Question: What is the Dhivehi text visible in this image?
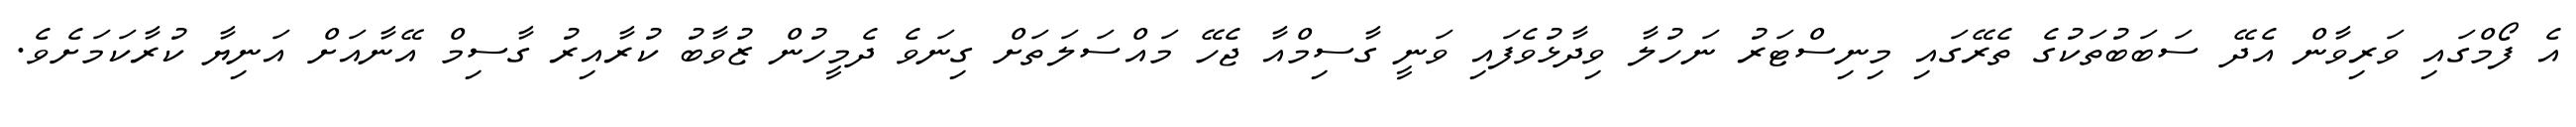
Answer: އެ ފޯމްގައި ވަރިވާން އެދޭ ސަބަބުތަކުގެ ތެރޭގައި މިނިސްޓަރު ނަހުލާ ވިދާޅުވެފައި ވަނީ ގާސިމްއާ ޖެހޭ މައްސަލަތަށް ގިނަވެ ދެމީހުން ޒުވާބު ކުރާއިރު ގާސިމް އޭނާއަށް އަނިޔާ ކުރާކަމަށެވެ.